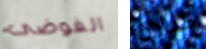
الفوضى طفلان